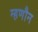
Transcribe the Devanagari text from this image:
म्हणौन